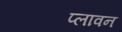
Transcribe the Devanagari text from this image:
प्‍लावन